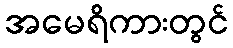
အမေရိကားတွင်